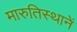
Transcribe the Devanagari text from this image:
मारुतिस्थानें